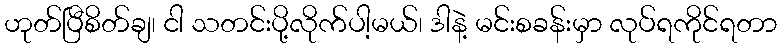
ဟုတ်ပြီစိတ်ချ၊ ငါ သတင်းပို့လိုက်ပါ့မယ်၊ ဒါနဲ့ မင်းစခန်းမှာ လုပ်ရကိုင်ရတာ